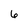
Character: 6